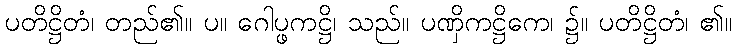
ပတိဋ္ဌိတံ၊ တည်၏။ ပ။ ဂေါပ္ဖကဋ္ဌိ၊ သည်။ ပဏှိကဋ္ဌိကေ၊ ၌။ ပတိဋ္ဌိတံ၊ ၏။